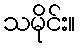
သမိုင်း။